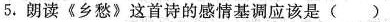
5. 朗读《乡愁》这首诗的感情基调应该是 ( )